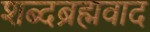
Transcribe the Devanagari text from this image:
शब्दब्रह्मवाद